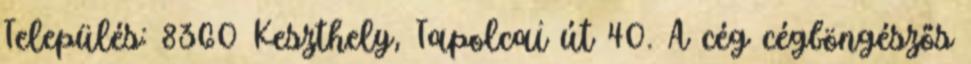
Település: 8360 Keszthely, Tapolcai út 40. A cég cégböngészős